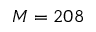
M = 2 0 8